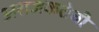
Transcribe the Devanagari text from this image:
अराजकतेची